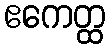
ဧကေတ္ထ